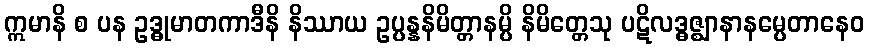
ဣမာနိ စ ပန ဥဒ္ဓုမာတကာဒီနိ နိဿာယ ဥပ္ပန္နနိမိတ္တာနမ္ပိ နိမိတ္တေသု ပဋိလဒ္ဓဇ္ဈာနာနမ္ပေတာနေဝ